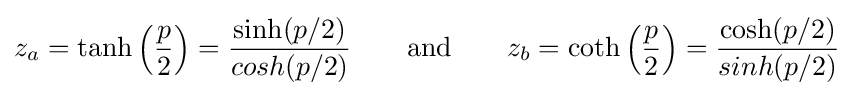
z_{a}=\tanh \left({\frac {p}{2}}\right)={\frac {\sinh(p/2)}{cosh(p/2)}}\qquad {\text{and}}\qquad z_{b}=\coth \left({\frac {p}{2}}\right)={\frac {\cosh(p/2)}{sinh(p/2)}}